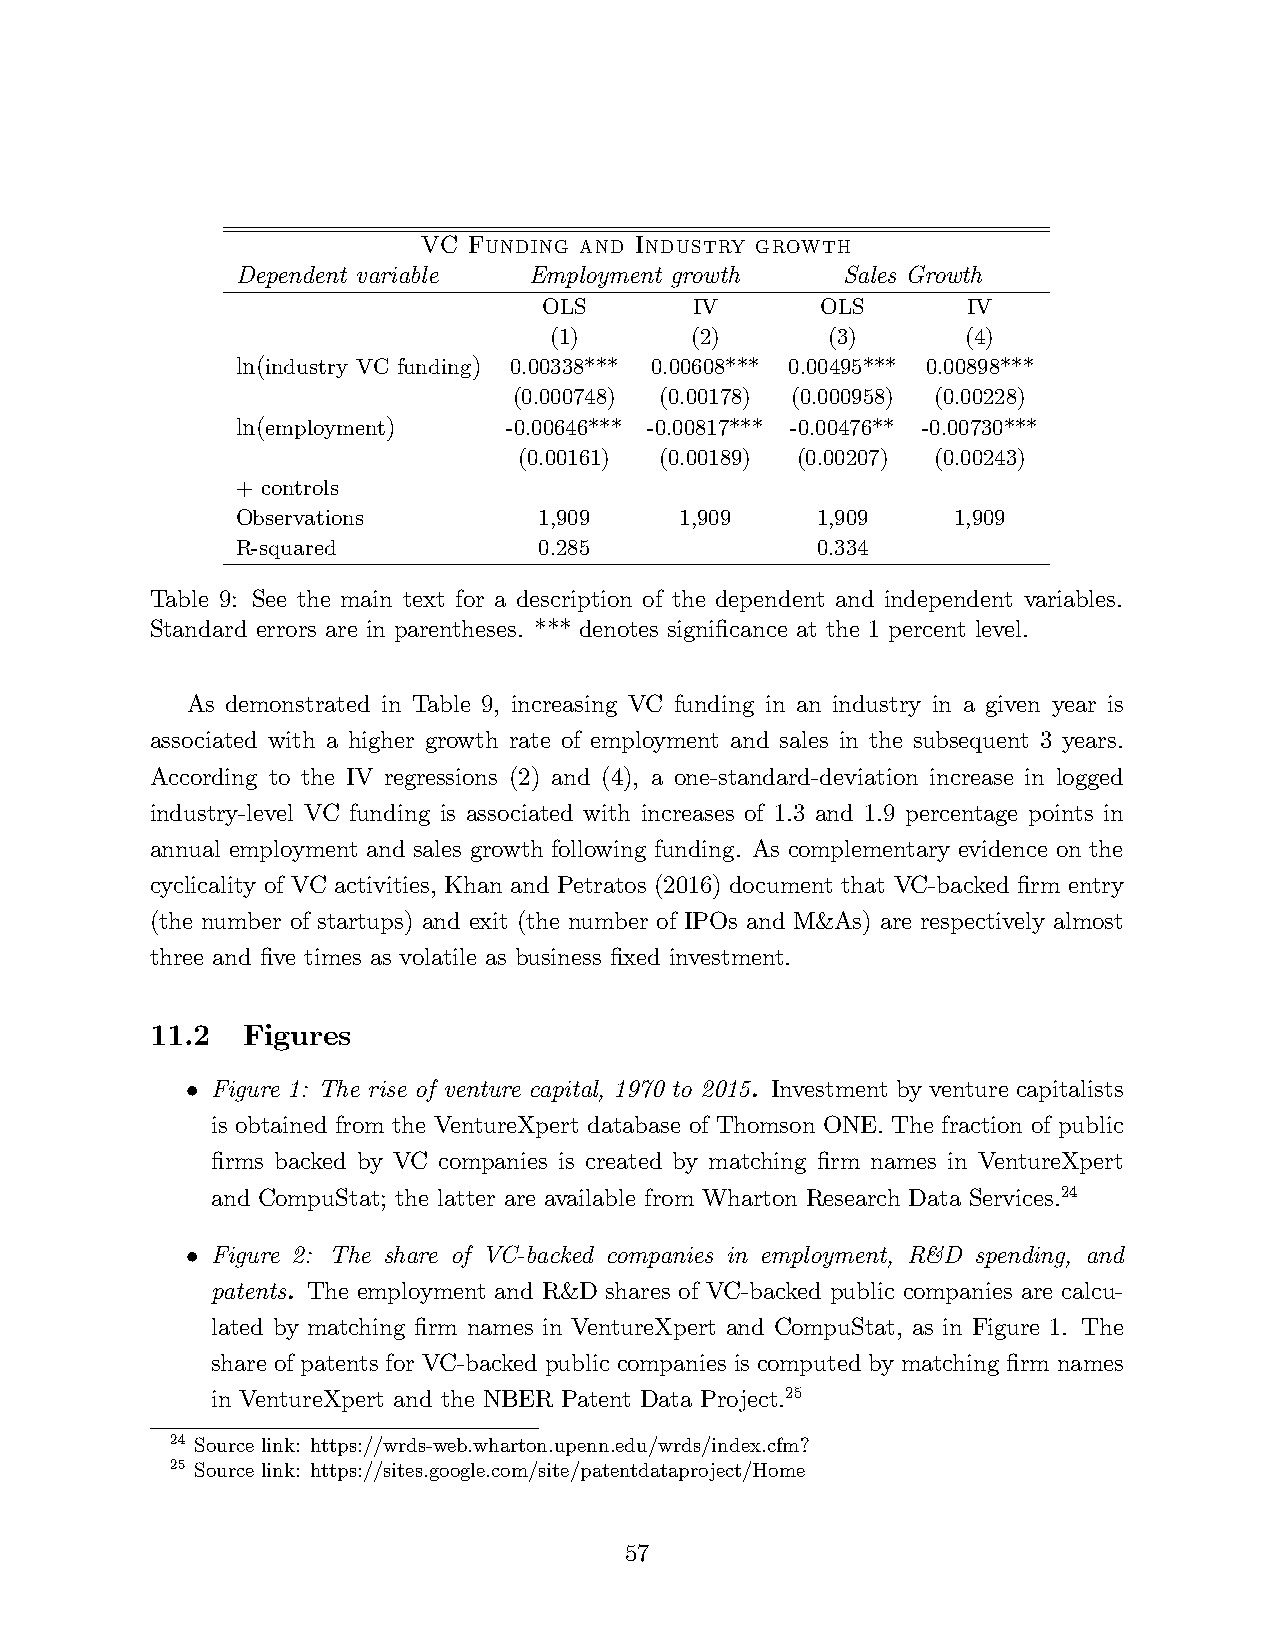
VC Funding and Industry growth
 Dependent variable Employment growth    Sales Growth
 OLS       IV      OLS       IV
 (1)       (2)      (3)      (4)
 ln(industry VC funding) 0.00338*** 0.00608*** 0.00495*** 0.00898***
 (0.000748) (0.00178) (0.000958) (0.00228)
 ln(employment)    -0.00646*** -0.00817*** -0.00476** -0.00730***
 (0.00161) (0.00189) (0.00207) (0.00243)
 + controls
 Observations        1,909    1,909    1,909    1,909
 R-squared           0.285             0.334
 Table 9: See the main text for a description of the dependent and independent variables.
 Standard errors are in parentheses. *** denotes significance at the 1 percent level.
 As demonstrated in Table 9, increasing VC funding in an industry in a given year is
 associated with a higher growth rate of employment and sales in the subsequent 3 years.
 According to the IV regressions (2) and (4), a one-standard-deviation increase in logged
 industry-level VC funding is associated with increases of 1.3 and 1.9 percentage points in
 annual employment and sales growth following funding. As complementary evidence on the
 cyclicality of VC activities, Khan and Petratos (2016) document that VC-backed firm entry
 (the number of startups) and exit (the number of IPOs and M&As) are respectively almost
 three and five times as volatile as business fixed investment.
 11.2  Figures
 Figure 1: The rise of venture capital, 1970 to 2015. Investment by venture capitalists
 •
 is obtained from the VentureXpert database of Thomson ONE. The fraction of public
 firms backed by VC companies is created by matching firm names in VentureXpert
 and CompuStat; the latter are available from Wharton Research Data Services.24
 Figure 2: The share of VC-backed companies in employment, R&D spending, and
 •
 patents. The employment and R&D shares of VC-backed public companies are calcu-
 lated by matching firm names in VentureXpert and CompuStat, as in Figure 1. The
 share of patents for VC-backed public companies is computed by matching firm names
 in VentureXpert and the NBER Patent Data Project.25
 24 Source link: https://wrds-web.wharton.upenn.edu/wrds/index.cfm?
 25 Source link: https://sites.google.com/site/patentdataproject/Home
 57